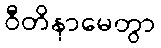
ဝီတိနာမေတွာ